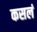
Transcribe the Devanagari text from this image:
कसलं